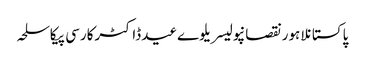
پاکستانلاہورنقصانپولیسریلوےعیدڈاکٹرکارسی پیکاسلحہ